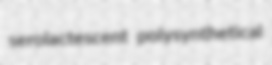
serolactescent polysynthetical